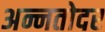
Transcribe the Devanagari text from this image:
अन्नतोदर